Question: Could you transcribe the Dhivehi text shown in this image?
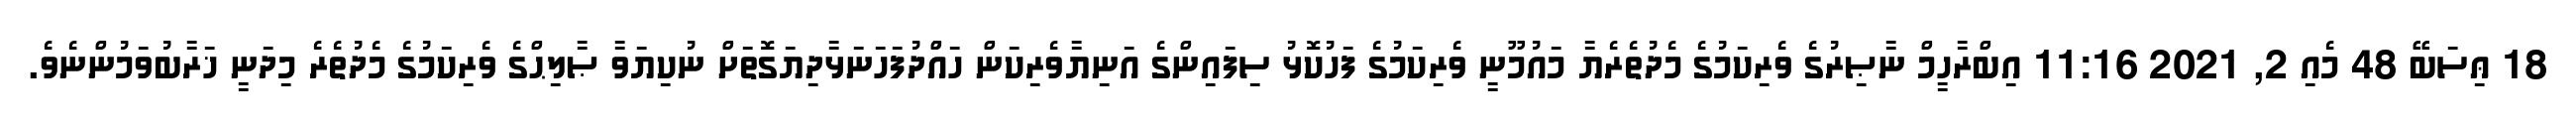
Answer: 18 ޢިސަބޭ 48 މެއި 2, 2021 11:16 އިބްރާހީމް ނާޞިރުގެ ވެރިކަމުގެ މެދުތެރެޔާ މައުމޫނީ ވެރިކަމުގެ ފަހުކޮޅު ސިފައިންގެ އަނިޔާވެރިކަން ހައްުދުފަހަނަޅާދިޔަގޮތަށް ނުކިޔަވާ ޞާލިޙްގެ ވެރިކަމުގެ މެދުތެރެ މިދަނީ ޚަރާބުވަމުންނެވެ.